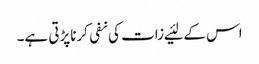
اس کے لئیے زات کی نفی کرناپڑتی ہے۔